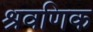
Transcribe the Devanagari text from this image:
श्रवणिक